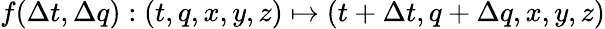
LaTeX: f(\Delta t,\Delta q):(t,q,x,y,z)\mapsto(t+\Delta t,q+\Delta q,x,y,z)